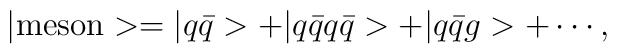
|{\rm meson}>=|q\bar{q}>+|q\bar{q}q\bar{q}>+|q\bar{q}g>+\cdots,